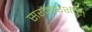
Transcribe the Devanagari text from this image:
सरकारशीही